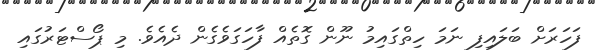
ފަހަރަށް ބަލައިފި ނަމަ ހިތްގައިމު ނޫން ގޮތެއް ފާހަގަވެގެން ދެއެވެ. މި ޕޯސްޓަރުގައި